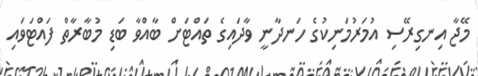
މޭޖާ އިނގިރޭސި އުމަރުމަނިކުގެ ހަނދާނީ ވާދައިގެ ތައްޓަށް ބާއްވާ ބަޑި މުބާރާތް ފައްޓަވައި